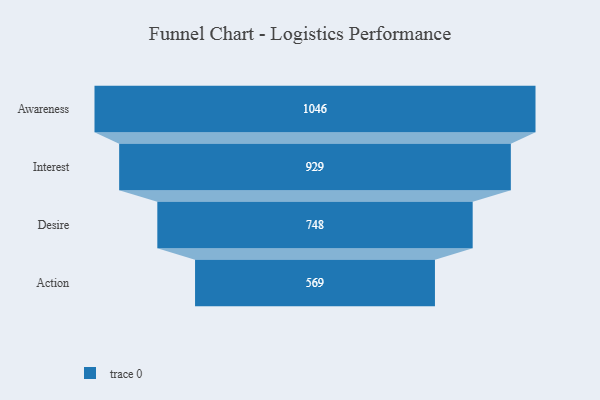
{"axis": {"x": "Stage", "y": "Value"}, "legend": [""], "data": [{"x": "Awareness", "y": 1046.0, "type": ""}, {"x": "Interest", "y": 929.0, "type": ""}, {"x": "Desire", "y": 748.0, "type": ""}, {"x": "Action", "y": 569.0, "type": ""}]}